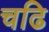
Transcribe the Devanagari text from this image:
चढि